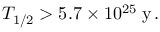
T _ { 1 / 2 } > 5 . 7 \times 1 0 ^ { 2 5 } \: \mathrm { y } \, .